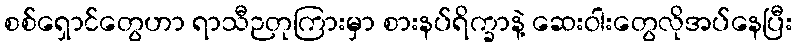
စစ်ရှောင်တွေဟာ ရာသီဉတုကြားမှာ စားနပ်ရိက္ခာနဲ့ ဆေးဝါးတွေလိုအပ်နေပြီး